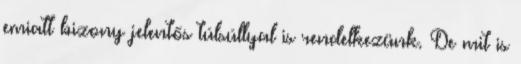
emiatt bizony jelentős túlsúllyal is rendelkezünk. De mit is